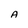
Character: A